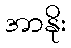
အာနိုး